Papaver somniferum - Opium : an extract from the sixth volume of the Dictionary of Economic Products of India
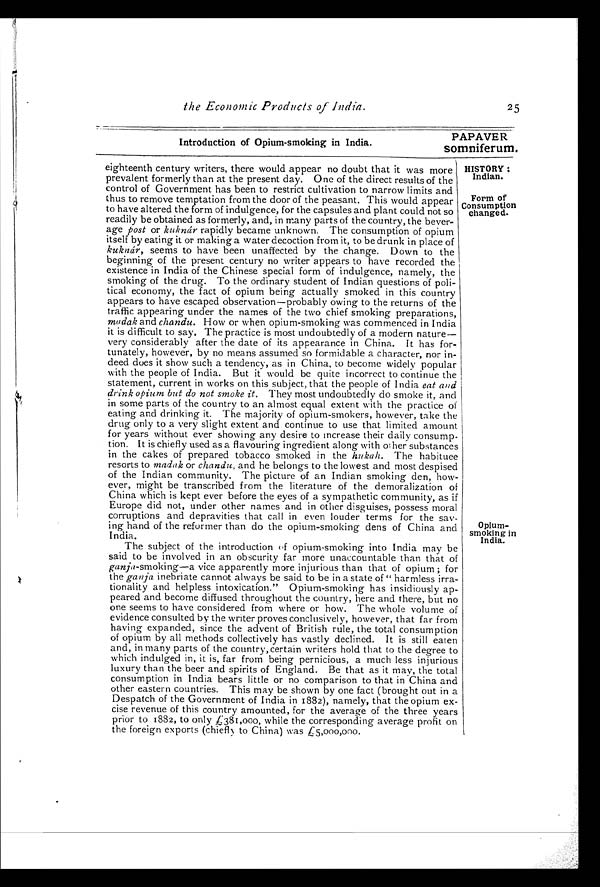
the Economic Products of India.
Introduction of Opium-smoking in India.
25
PAPAVER
somniferum.
HISTORY:
Indian.
Form of
Consumption
changed.
eighteenth century writers, there would appear no doubt that it was more
prevalent formerly than at the present day. One of the direct results of the
control of Government has been to restrict cultivation to narrow limits and
thus to remove temptation from the door of the peasant. This would appear
to have altered the form of indulgence, for the capsules and plant could not so
readily be obtained as formerly, and, in many parts of the country, the bever-
age post or kuknár rapidly became unknown. The consumption of opium
itself by eating it or making a water decoction from it, to be drunk in place of
kuknár, seems to have been unaffected by the change. Down to the
beginning of the present century no writer appears to have recorded the
existence in India of the Chinese special form of indulgence, namely, the
smoking of the drug. To the ordinary student of Indian questions of poli-
tical economy, the fact of opium being actually smoked in this country
appears to have escaped observation—probably owing to the returns of the
traffic appearing under the names of the two chief smoking preparations,
madak and chandu. How or when opium-smoking was commenced in India
it is difficult to say. The practice is most undoubtedly of a modern nature
—very considerably after the date of its appearance in China. It has for-
tunately, however, by no means assumed so formidable a character, nor in-
deed does it show such a tendency, as in China, to become widely popular
with the people of India. But it would be quite incorrect to continue the
statement, current in works on this subject, that the people of India eat and
drink opium but do not smoke it. They most undoubtedly do smoke it, and
in some parts of the country to an almost equal extent with the practice of
eating and drinking it. The majority of opium-smokers, however, take the
drug only to a very slight extent and continue to use that limited amount
for years without ever showing any desire to increase their daily consump-
tion. It is chiefly used as a flavouring ingredient along with other substances
in the cakes of prepared tobacco smoked in the hukah. The habituee
resorts to madak or chandu, and he belongs to the lowest and most despised
of the Indian community. The picture of an Indian smoking den, how-
ever, might be transcribed from the literature of the demoralization of
China which is kept ever before the eyes of a sympathetic community, as if
Europe did not, under other names and in other disguises, possess moral
corruptions and depravities that call in even louder terms for the sav-
ing hand of the reformer than do the opium-smoking dens of China and
India.
The subject of the introduction of opium-smoking into India may be
said to be involved in an obscurity far more unaccountable than that of
ganja-smoking—a vice apparently more injurious than that of opium; for
the ganja inebriate cannot always be said to be in a state of " harmless irra-
tionality and helpless intoxication." Opium-smoking has insidiously ap-
peared and become diffused throughout the country, here and there, but no
one seems to have considered from where or how. The whole volume of
evidence consulted by the writer proves conclusively, however, that far from
having expanded, since the advent of British rule, the total consumption
of opium by all methods collectively has vastly declined. It is still eaten
and, in many parts of the country, certain writers hold that to the degree to
which indulged in, it is, far from being pernicious, a much less injurious
luxury than the beer and spirits of England. Be that as it may, the total
consumption in India bears little or no comparison to that in China and
other eastern countries. This may be shown by one fact (brought out in a
Despatch of the Government of India in 1882), namely, that the opium ex-
cise revenue of this country amounted, for the average of the three years
prior to 1882, to only £ 381,000, while the corresponding average profit on
the foreign exports (chiefly to China) was £5,000,000.
Opium-
smoking in
India.